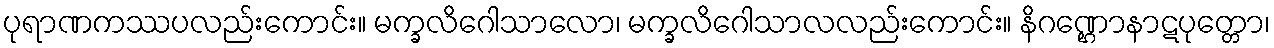
ပုရာဏကဿပလည်းကောင်း။ မက္ခလိဂေါသာလော၊ မက္ခလိဂေါသာလလည်းကောင်း။ နိဂဏ္ဌောနာဋပုတ္တော၊